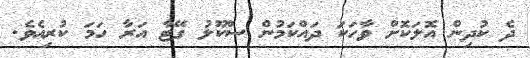
ދެ ކުދިން އޮލަކޮށް ވާހަކަ ދައްކަމުން ސްކޫލު ގޭޓާ އަރާ ހަމަ ކުރިއެވެ.